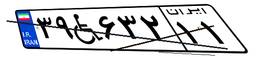
۶۷W۳۰۲۱۶